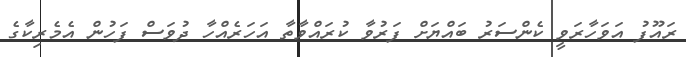
ރައޫފު އަވަހާރަވީ ކެންސަރު ބައްޔަށް ފަރުވާ ކުރައްވާތާ އަހަރެއްހާ ދުވަސް ފަހުން އެމެރިކާގެ